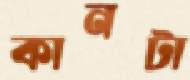
কানটা